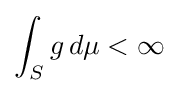
\int _{S}g\,d\mu <\infty